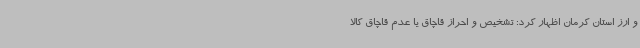
و ارز استان کرمان اظهار کرد: تشخیص و احراز قاچاق یا عدم قاچاق کالا